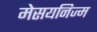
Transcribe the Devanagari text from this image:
मेसयनिज्म